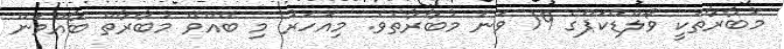
މުބާރާތަކީ ވޯލްޑްކަޕްގެ 19 ވަނަ މުބާރާތެވެ. މިއަހަރު މި ބޭއްވޭ މުބާރާތް ބާއްވަން